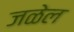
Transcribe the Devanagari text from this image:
जळेल